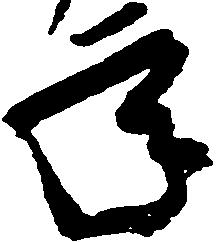
承